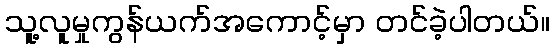
သူ့လူမှုကွန်ယက်အကောင့်မှာ တင်ခဲ့ပါတယ်။